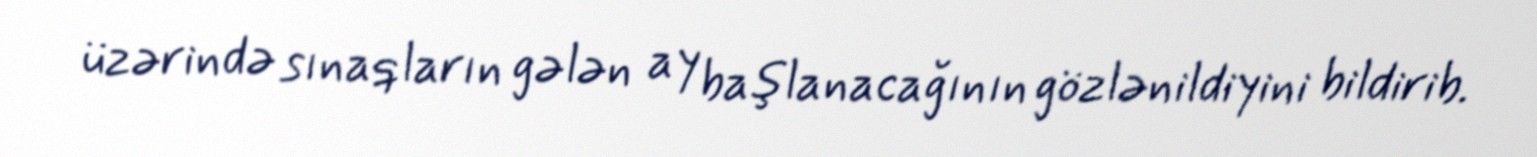
üzərində sınaqların gələn ay başlanacağının gözlənildiyini bildirib.